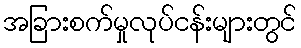
အခြားစက်မှုလုပ်ငန်းများတွင်